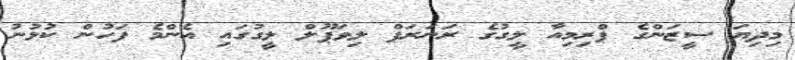
މިދިޔަ ސީޒަންގެ ޕްރިމިއާ ލީގުގެ ރަނަރަޕް ލިވަޕޫލް ލީގުގައި އެންމެ ފަހުން ކުޅުނު